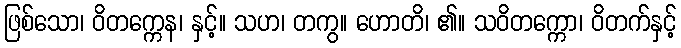
ဖြစ်သော၊ ဝိတက္ကေန၊ နှင့်။ သဟ၊ တကွ။ ဟောတိ၊ ၏။ သဝိတက္ကော၊ ဝိတက်နှင့်